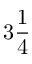
3 \frac 1 4